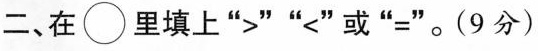
二、在\bigcirc{}里填上”>””<”或”=”。(9分)